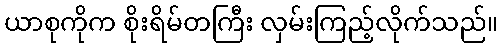
ယာစုကိုက စိုးရိမ်တကြီး လှမ်းကြည့်လိုက်သည်။